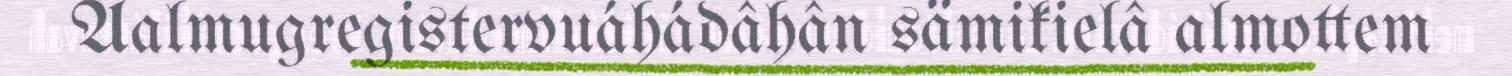
Aalmugregistervuáhádâhân sämikielâ almottem